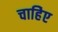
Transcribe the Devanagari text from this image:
चाहिेए